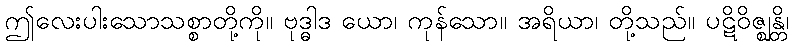
ဤလေးပါးသောသစ္စာတို့ကို။ ဗုဒ္ဓါဒ ယော၊ ကုန်သော။ အရိယာ၊ တို့သည်။ ပဋိဝိဇ္ဈန္တိ၊